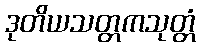
ဒုတိယသတ္တကသုတ္တံ